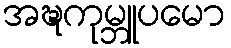
အဍ္ဎကုမ္ဘူပမော